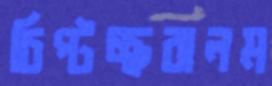
চিপ্‌টচ্ছঝলম